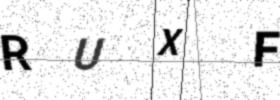
Text: RUXF